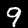
Label: 9